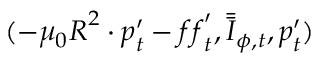
( - \mu _ { 0 } \boldsymbol { R } ^ { 2 } \cdot \boldsymbol { p } _ { t } ^ { \prime } - \boldsymbol { f f } _ { t } ^ { \prime } , \bar { \bar { \boldsymbol { I } } } _ { \phi , t } , \boldsymbol { p } _ { t } ^ { \prime } )